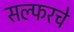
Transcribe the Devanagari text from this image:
सल्फरचे